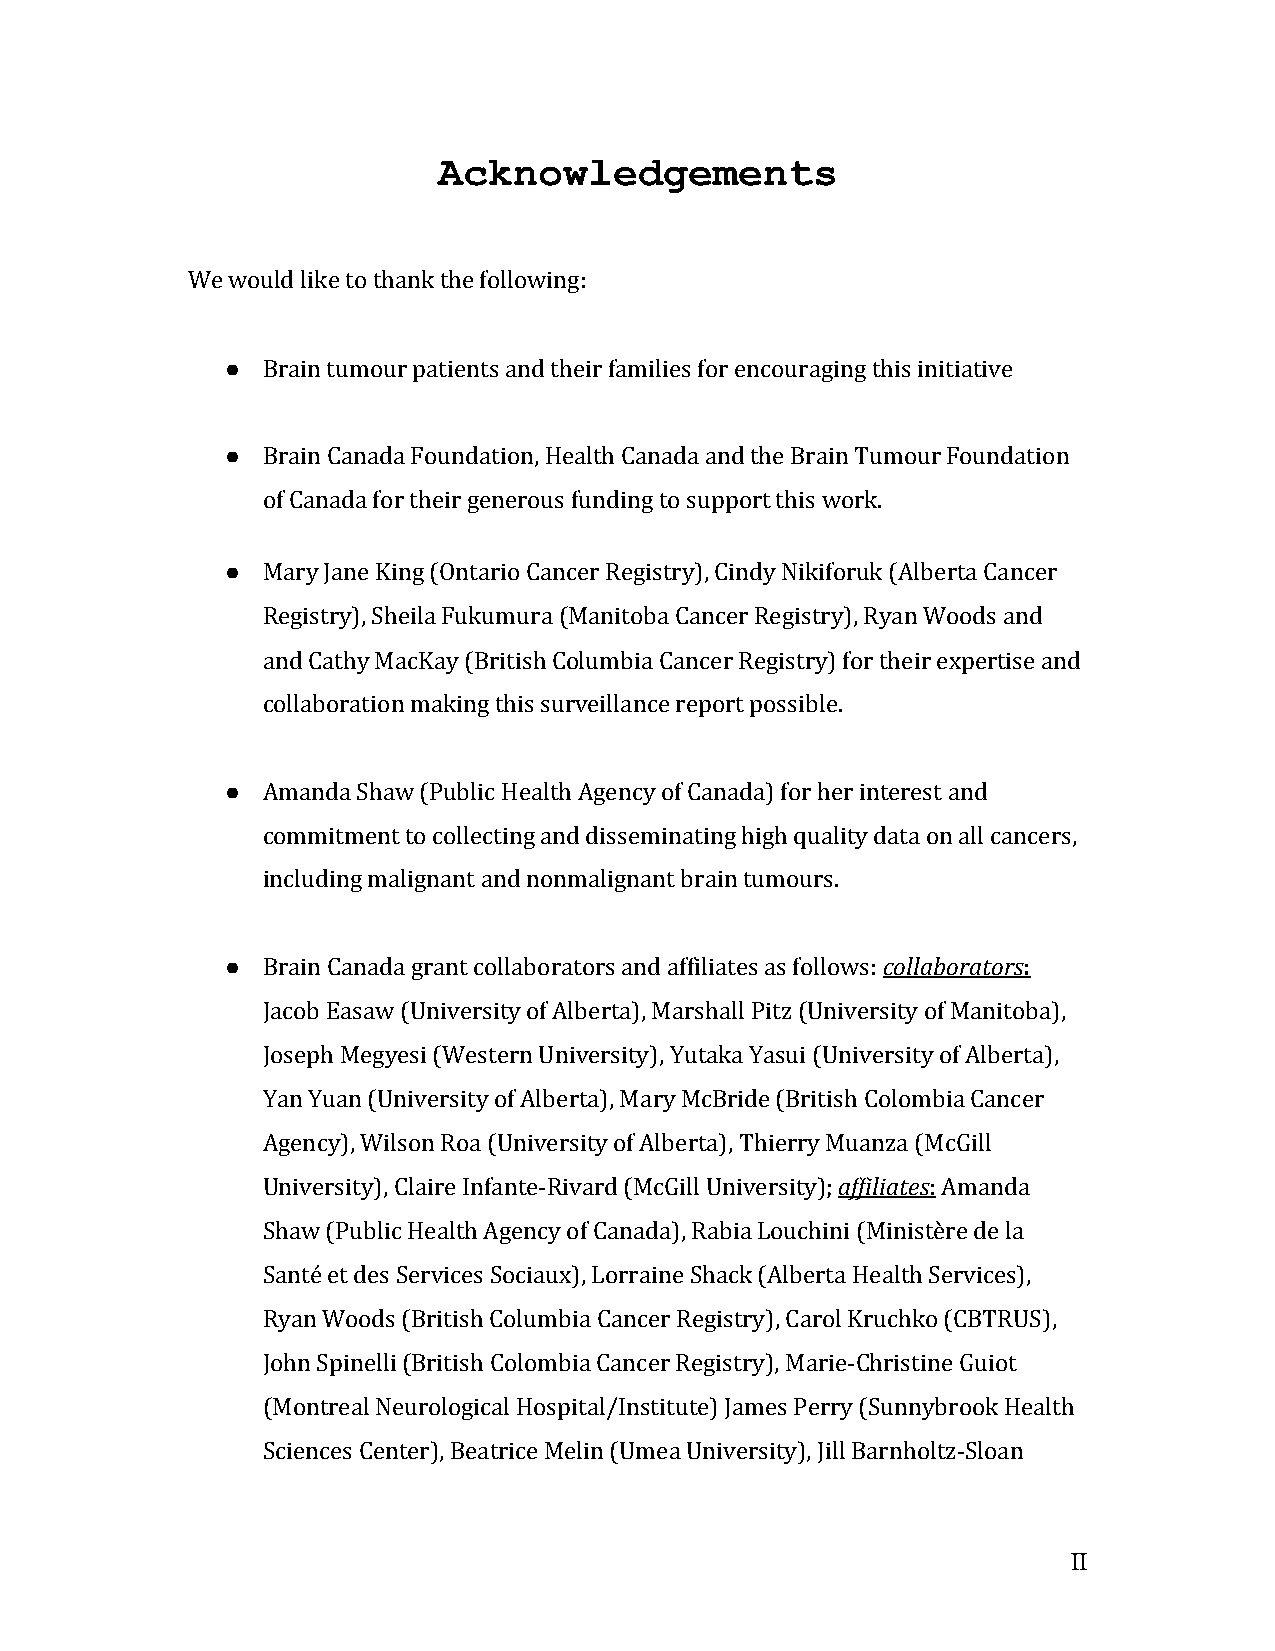
Acknowledgements
 We would like to thank the following:
 ● Brain tumour patients and their families for encouraging this initiative
 ● Brain Canada Foundation, Health Canada and the Brain Tumour Foundation
 of Canada for their generous funding to support this work.
 ● Mary Jane King (Ontario Cancer Registry), Cindy Nikiforuk (Alberta Cancer
 Registry), Sheila Fukumura (Manitoba Cancer Registry), Ryan Woods and
 and Cathy MacKay (British Columbia Cancer Registry) for their expertise and
 collaboration making this surveillance report possible.
 ● Amanda Shaw (Public Health Agency of Canada) for her interest and
 commitment to collecting and disseminating high quality data on all cancers,
 including malignant and nonmalignant brain tumours.
 ● Brain Canada grant collaborators and affiliates as follows: collaborators:
 Jacob Easaw (University of Alberta), Marshall Pitz (University of Manitoba),
 Joseph Megyesi (Western University), Yutaka Yasui (University of Alberta),
 Yan Yuan (University of Alberta), Mary McBride (British Colombia Cancer
 Agency), Wilson Roa (University of Alberta), Thierry Muanza (McGill
 University), Claire Infante-Rivard (McGill University); affiliates: Amanda
 Shaw (Public Health Agency of Canada), Rabia Louchini (Ministère de la
 Santé et des Services Sociaux), Lorraine Shack (Alberta Health Services),
 Ryan Woods (British Columbia Cancer Registry), Carol Kruchko (CBTRUS),
 John Spinelli (British Colombia Cancer Registry), Marie-Christine Guiot
 (Montreal Neurological Hospital/Institute) James Perry (Sunnybrook Health
 Sciences Center), Beatrice Melin (Umea University), Jill Barnholtz-Sloan
 II